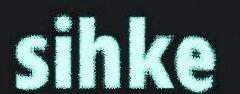
sihke